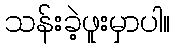
သန်းခဲ့ဖူးမှာပါ။